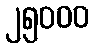
၂၅၀၀၀